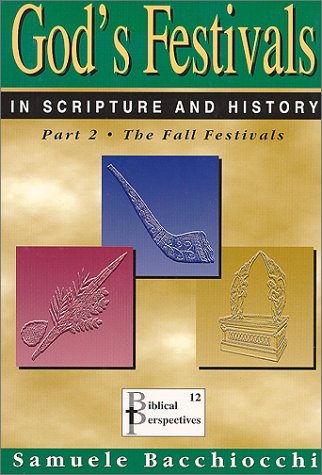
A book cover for God's Festivals in Scripture and History: Part 2: The Fall Festivals; Samuele Bacchiocchi; Religion & Spirituality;